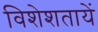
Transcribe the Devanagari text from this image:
विशेशतायें